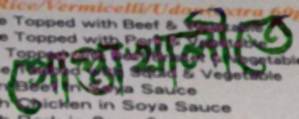
গোপ্তাখালীতে